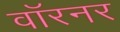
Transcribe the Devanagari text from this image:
वॉरनर